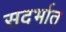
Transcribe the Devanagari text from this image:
सदर्भात